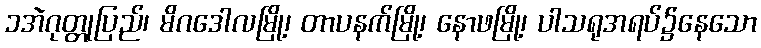
၁အဲဂုတ္တုပြည်၊ မိဂဒေါလမြို့၊ တာပနက်မြို့၊ နောဖမြို့၊ ပါသရုအရပ်၌နေသော